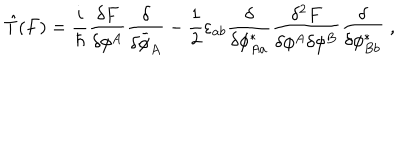
\hat { T } ( F ) = \frac { i } { \hbar } \frac { \delta F } { \delta \phi ^ { A } } \frac { \delta } { \delta \bar { \phi } _ { A } } - \frac { 1 } { 2 } \varepsilon _ { a b } \frac { \delta } { \delta \phi _ { A a } ^ { * } } \frac { \delta ^ { 2 } F } { \delta \phi ^ { A } \delta \phi ^ { B } } \frac { \delta } { \delta \phi _ { B b } ^ { * } } \; ,